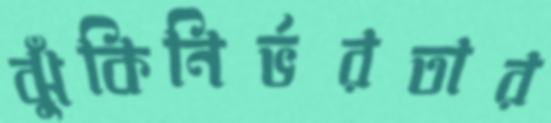
ঝুঁকিনির্ভরতার